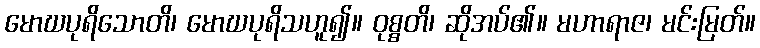
မောဃပုရိသောတိ၊ မောဃပုရိသဟူ၍။ ဝုစ္စတိ၊ ဆိုအပ်၏။ မဟာရာဇ၊ မင်းမြတ်။